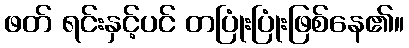
ဖတ် ရင်းနှင့်ပင် တပြုံးပြုံးဖြစ်နေ၏။